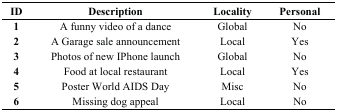
| ID | Description | Locality | Personal |
 | --- | --- | --- | --- |
 | 1 | A funny video of a dance | Global | No |
 | 2 | A Garage sale announcement | Local | Yes |
 | 3 | Photos of new IPhone launch | Global | No |
 | 4 | Food at local restaurant | Local | Yes |
 | 5 | Poster World AIDS Day | Misc | No |
 | 6 | Missing dog appeal | Local | No |